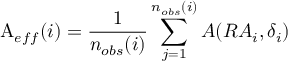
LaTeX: \mathop { \mathrm A _ { e f f } } ( i ) = \frac { \displaystyle 1 } { n _ { o b s } ( i ) } \sum _ { j = 1 } ^ { n _ { o b s } ( i ) } A ( { R A } _ { i } , { \delta } _ { i } ) \, \,